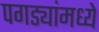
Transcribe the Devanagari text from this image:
पगड्यांमध्ये